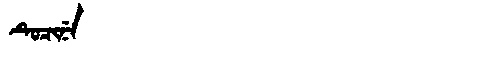
Manchu: ᡨᡠᠴᡳᠨᡝ
Romanization: TUCINE